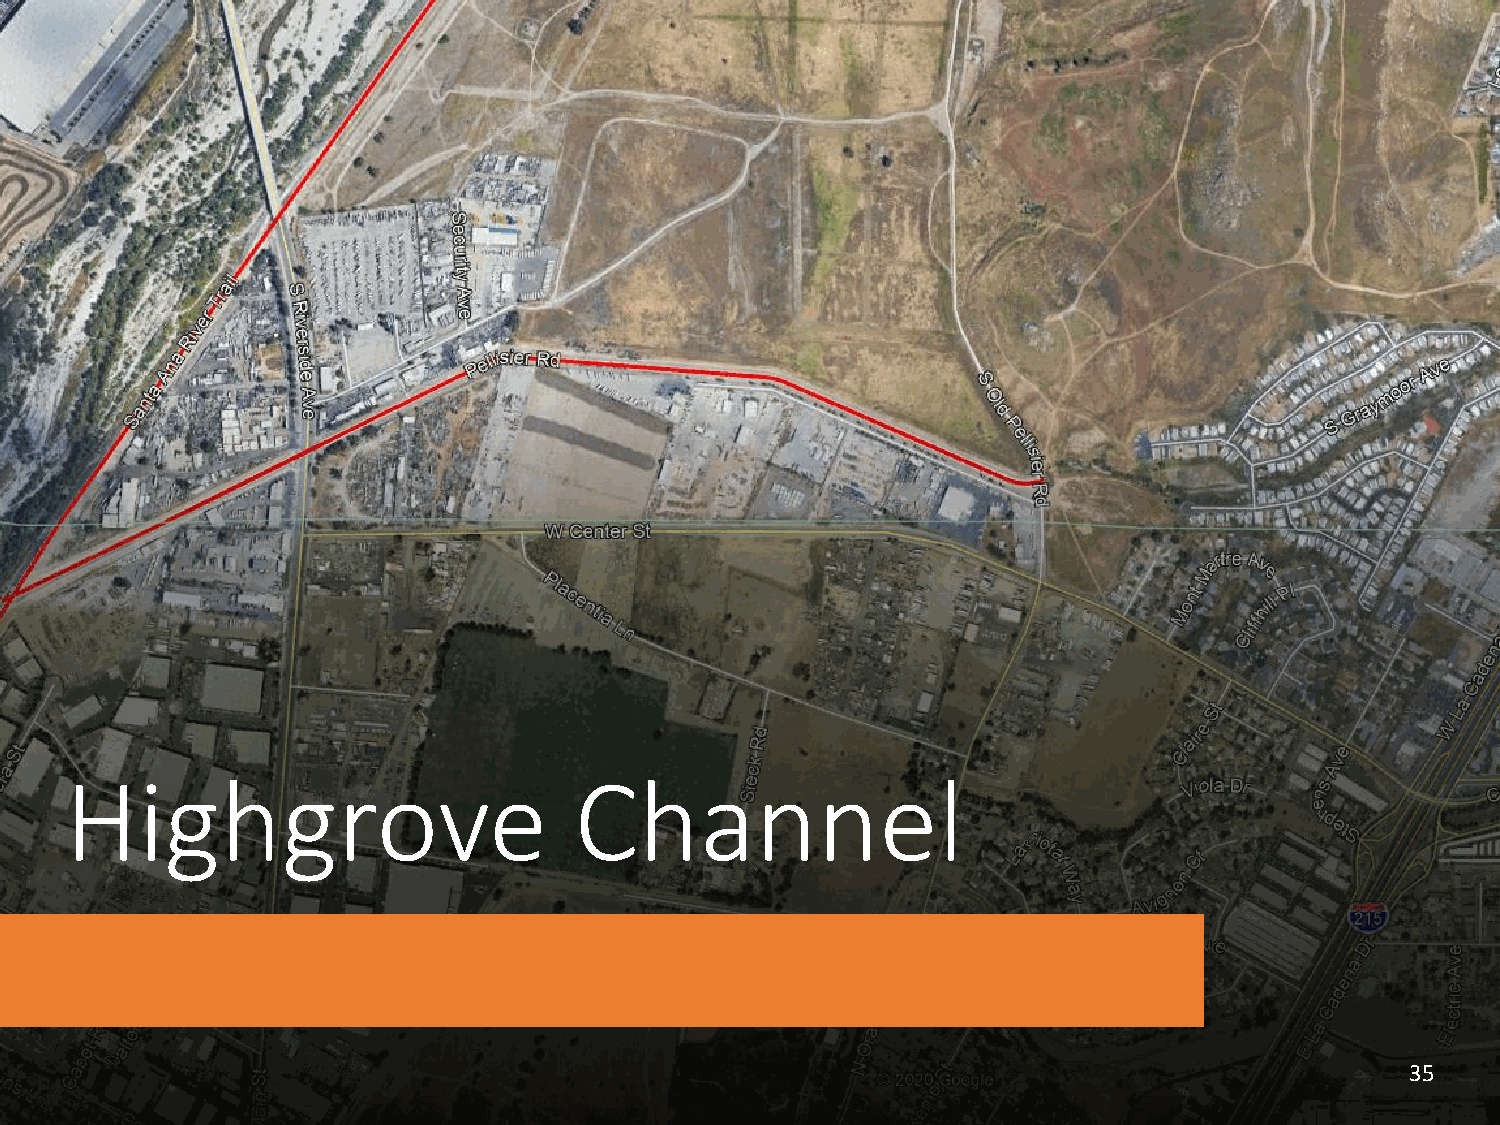
Highgrove                         Channel
 35